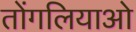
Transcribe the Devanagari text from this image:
तोंगलियाओ